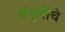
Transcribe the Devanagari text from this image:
अंगुलीचे